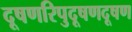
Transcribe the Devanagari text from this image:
दूषणरिपुदूषणदूषण